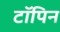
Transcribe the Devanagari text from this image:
टॉपिन